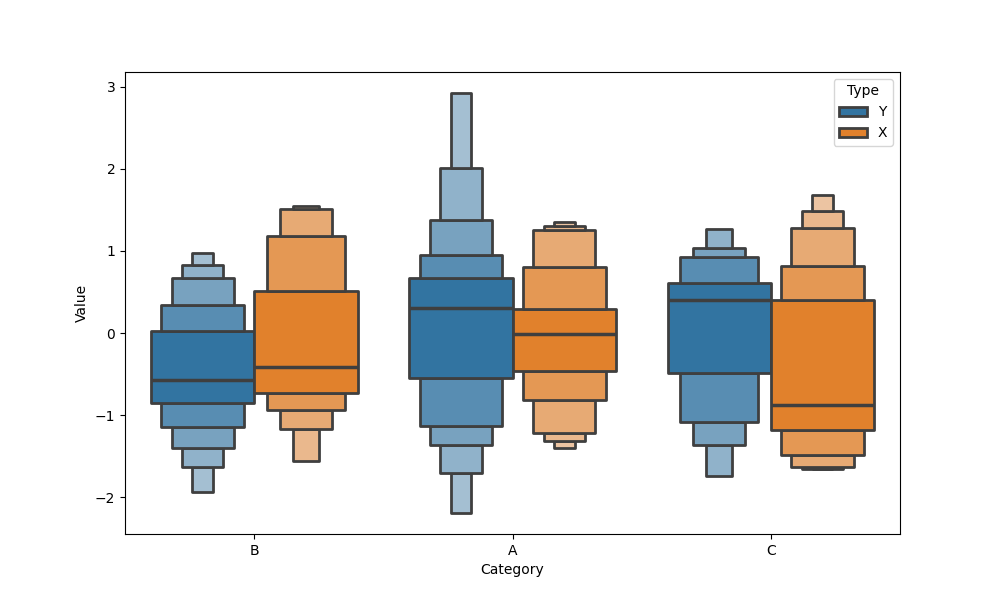
python, seaborn, boxenplot, k_depth='full', linewidth=2, scale='linear', outlier_prop=0.1, showfliers=True